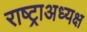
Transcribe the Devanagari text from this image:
राष्ट्राअध्यक्ष